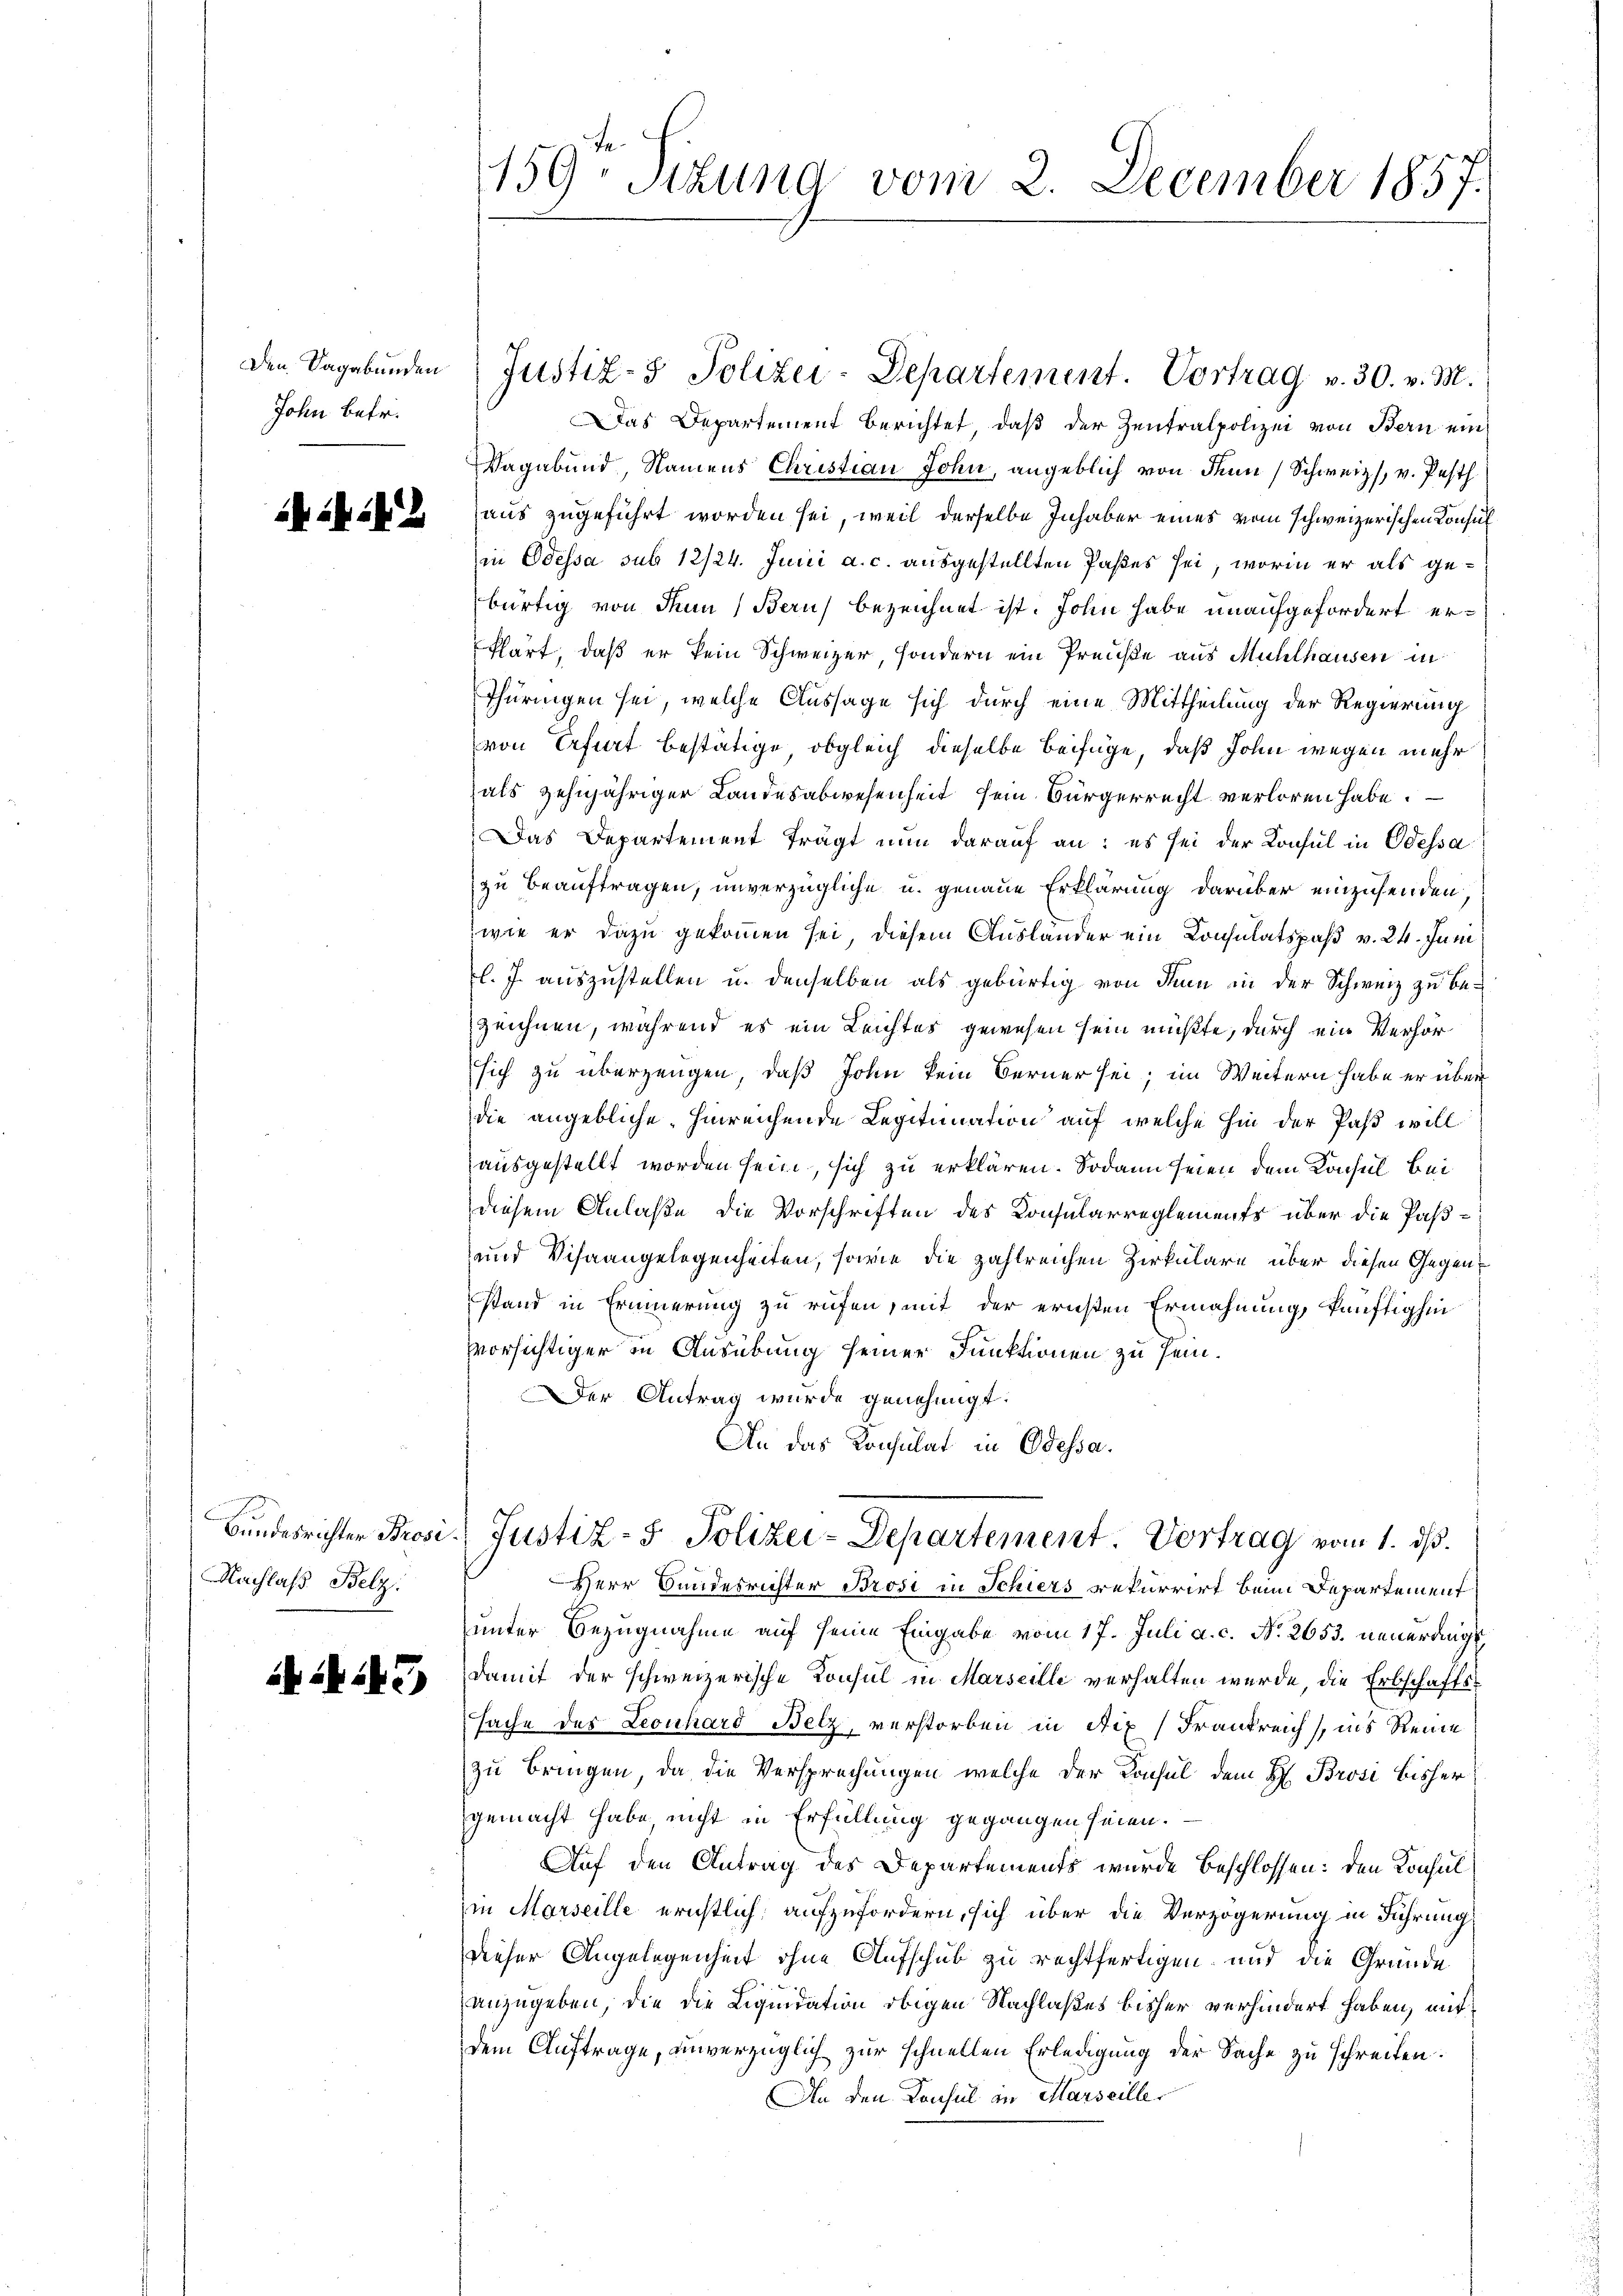
Den Sagabunden
John betr.

iil

Bundesrichter Brosi
Nachlaß Belz.

1245)

159. Sitzung vom 2. December 1857.

Justiz- & Polizei-Departement. Vortrag v. 30. v. M.
Das Departement berichtet, daß der Zentralpolizei von Bern ein
Vagabund, Namens Christian John, angeblich von dem Schweiz s. v. Pesth
aus zugeführt worden sei, weil derselbe Inhaber eines vom schweizerischen Konsul
in Odessa sub 12/24. Juni a. c. ausgestellten Paßes sei, worin er als gebürtig von dem Beruf bezeichnet ist. John habe unaufgefordert er¬
Phart, daß er kein Schweizer, sondern ein Preuße aus Mühlhausen in
Thüringen sei, welche Aussage sich durch eine Mittheilung der Regierung
von Erfurt bestätige, obgleich dieselbe beifüge, daß John wegen mehr
hals zehnjähriger Landesabwesenheit sein Bürgerrecht verloren habe.
Das Departement trägt nun darauf an: es sei der Konsul in Odessa
zu beauftragen, unverzügliche u. genaue Erklärung darüber einzusenden,
wie er dazu gekommen sei, diesem Ausländer ein Consulatspaß v. 24. Juni
l. J. auszustellen u. denselben als gebürtig von den in der Schweiz zu bezeichnen, während es ein Leichtes gewesen sein müßte, durch ein Verhörsich zu überzeugen, daß John kein Berner sei; im Weitern habe er über
die angebliche hinreichende Legitimation auf welche hin der Paß will
ausgestellt worden sein, sich zu erklären. Sodann seien dem Konsul bei
diesem Anlaße, die Vorschriften des Konsularreglements über die Paß¬
und Visaangelegenheiten, sowie die zahlreichen Zirkulare über diesen Gegenstand in Erinnerung zu rufen, mit der ernsten Ermahnung, künftighin
vvorsichtiger in Ausübung seiner Funktionen zu sein.
er Antrag wurde genehmigt.
An das Konsulat in Odessa.
Justiz- & Polizei-Departement Vortrag vom 1. ds.
Herr Bundesrichter Brosi in Schiers rekurrirt beim Departement
unter Bezugnahme auf seine Eingabe vom 17. Juli a. c. No. 2653. neuerungs
damit der schweizerische Konsul in Marseille verhalten wurde, die Erbschaftssache des Leonhard Betz, verstorben in Aix (Frankreich, ins Reine
zu bringen, da die Versprechungen, welche der Konsul dem H. Brosi bisher
gemacht habe, nicht in Erfüllung gegangen seien.
Auf den Antrag des Departements wurde beschlossen: den Konsul
in Marseille ernstlich, aufzufordern, sich über die Verzögerung in Führung
Dieser Angelegenheit ohne Aufschub zu rechtfertigen, und die Gründe
anzugeben, die die Liquidation obigen Nachlaßes bisher verhindert haben, mit
dem Auftrage, unverzüglich zur schnellen Erledigung der Sache zu schreiben.
An den Konsul in Marseille